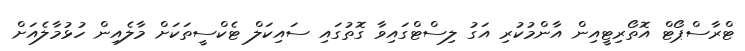
ޓްރާސްޕޯޓް އޮތޯރިޓީއިން އާންމުކުރި އަގު ލިސްޓްގައިވާ ގޮތުގައި ސައިކަލް ޓެކްސީތަކަށް މާލެއިން ހުޅުމާލެއަށް